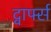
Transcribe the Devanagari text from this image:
द्वार्फ्स